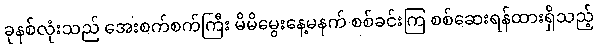
ခုနစ်လုံးသည် အေးစက်စက်ကြီး မိမိမွေးနေ့မနက် စစ်ခင်းကြ စစ်ဆေးရန်ထားရှိသည့်